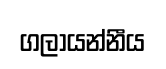
ගලායන්නීය